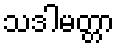
သဒါမတ္တာ